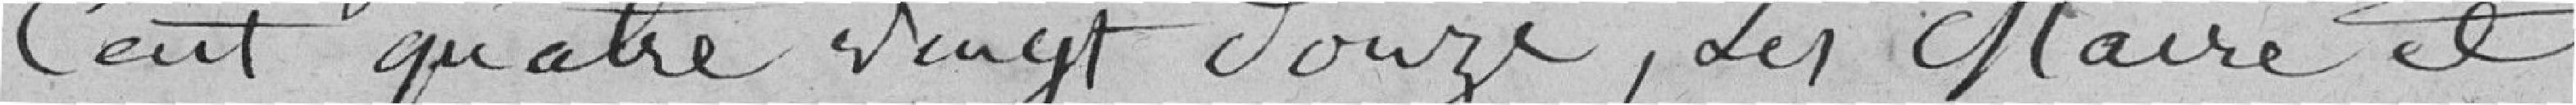
cent quatre vingt douze. Les Maire et